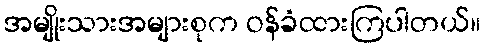
အမျိုးသားအများစုက ဝန်ခံထားကြပါတယ်။